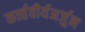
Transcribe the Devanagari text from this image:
कार्त्तवीर्यअर्जुन